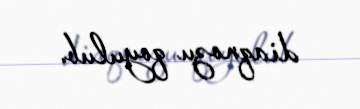
diaqnozu qoyulub.